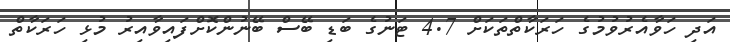
އަދި ހަވާއެރުވުމުގެ ހަރަކާތްތަކަށް 4.7 ޓަނުގެ ބަޑި ބޭސް ބޭނުންކޮށްފައިވާއިރު މުޅި ހަރަކާތް